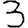
Digit: 3